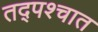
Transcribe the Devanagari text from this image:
तद्पश्चात